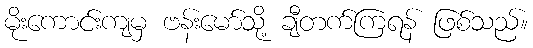
မိုးကောင်းကျမှ ဗန်းမော်သို့ ချီတက်ကြရန် ဖြစ်သည်။